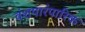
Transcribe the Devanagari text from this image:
वंशपारंपारिक